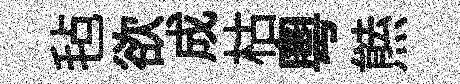
毡欲成枯粵㷱